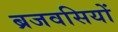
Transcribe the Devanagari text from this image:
ब्रजवसियों